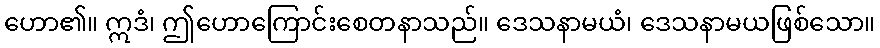
ဟော၏။ ဣဒံ၊ ဤဟောကြောင်းစေတနာသည်။ ဒေသနာမယံ၊ ဒေသနာမယဖြစ်သော။